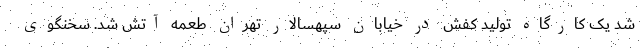
شد یک کارگاه تولید کفش در خیابان سپهسالار تهران طعمه آتش شد. سخنگوی